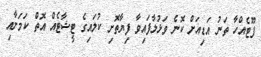
ފޫޓެއްހާ ތަނު އަޑިއަށް ކޮނެ ވަޅުލާފައިވާ ފިޔާތޮށި ކުލައިގެ ޓީޝާޓެއް އޮތް ކަމަށާއި